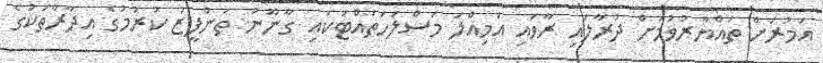
އަމުރަށް ތައްޔާރުވުމަށް ދުރާލައި ރާވައި އަމިއްލަ މަސްލަހަތައްޓަކައި ގާނޫނު ތަންފީޒު ކުރުމުގެ އިދާރާތަކުގެ